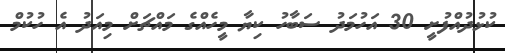
ކުޅުދުއްފުށީ 30 އަހުމަދު ސަބާހު ކިޔާ މީހެއްގެ މައްޗަށް މިއަދު އެ ހުކުމް